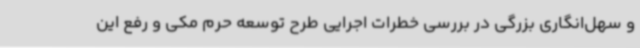
و سهل‌انگاری بزرگی در بررسی خطرات اجرایی طرح توسعه حرم مکی و رفع این